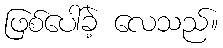
ဖြစ်ပေါ်ခဲ့ လေသည်။